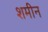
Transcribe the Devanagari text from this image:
शमीन